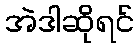
အဲဒါဆိုရင်